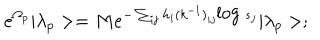
e ^ { \Omega _ { p } } | \lambda _ { p } > = M e ^ { - \sum _ { i j } h _ { i } ( k ^ { - 1 } ) _ { i j } \mathrm { l o g ~ } s _ { j } } | \lambda _ { p } > ;